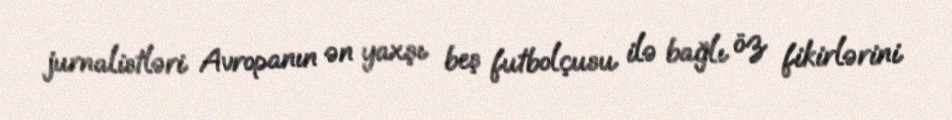
jurnalistləri Avropanın ən yaxşı beş futbolçusu ilə bağlı öz fikirlərini